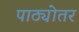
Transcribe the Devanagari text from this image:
पाठ्योतर